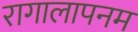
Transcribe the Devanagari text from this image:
रागालापनम